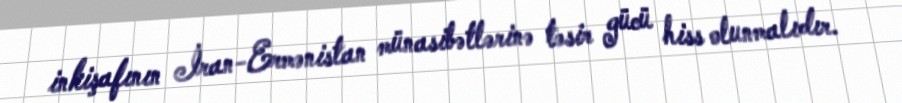
inkişafının İran-Ermənistan münasibətlərinə təsir gücü hiss olunmalıdır.